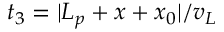
t _ { 3 } = | L _ { p } + x + x _ { 0 } | / v _ { L }